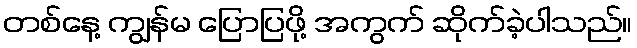
တစ်နေ့ ကျွန်မ ပြောပြဖို့ အကွက် ဆိုက်ခဲ့ပါသည်။